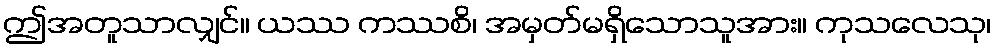
ဤအတူသာလျှင်။ ယဿ ကဿစိ၊ အမှတ်မရှိသောသူအား။ ကုသလေသု၊